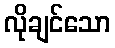
လိုချင်သော